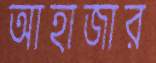
আহাজার